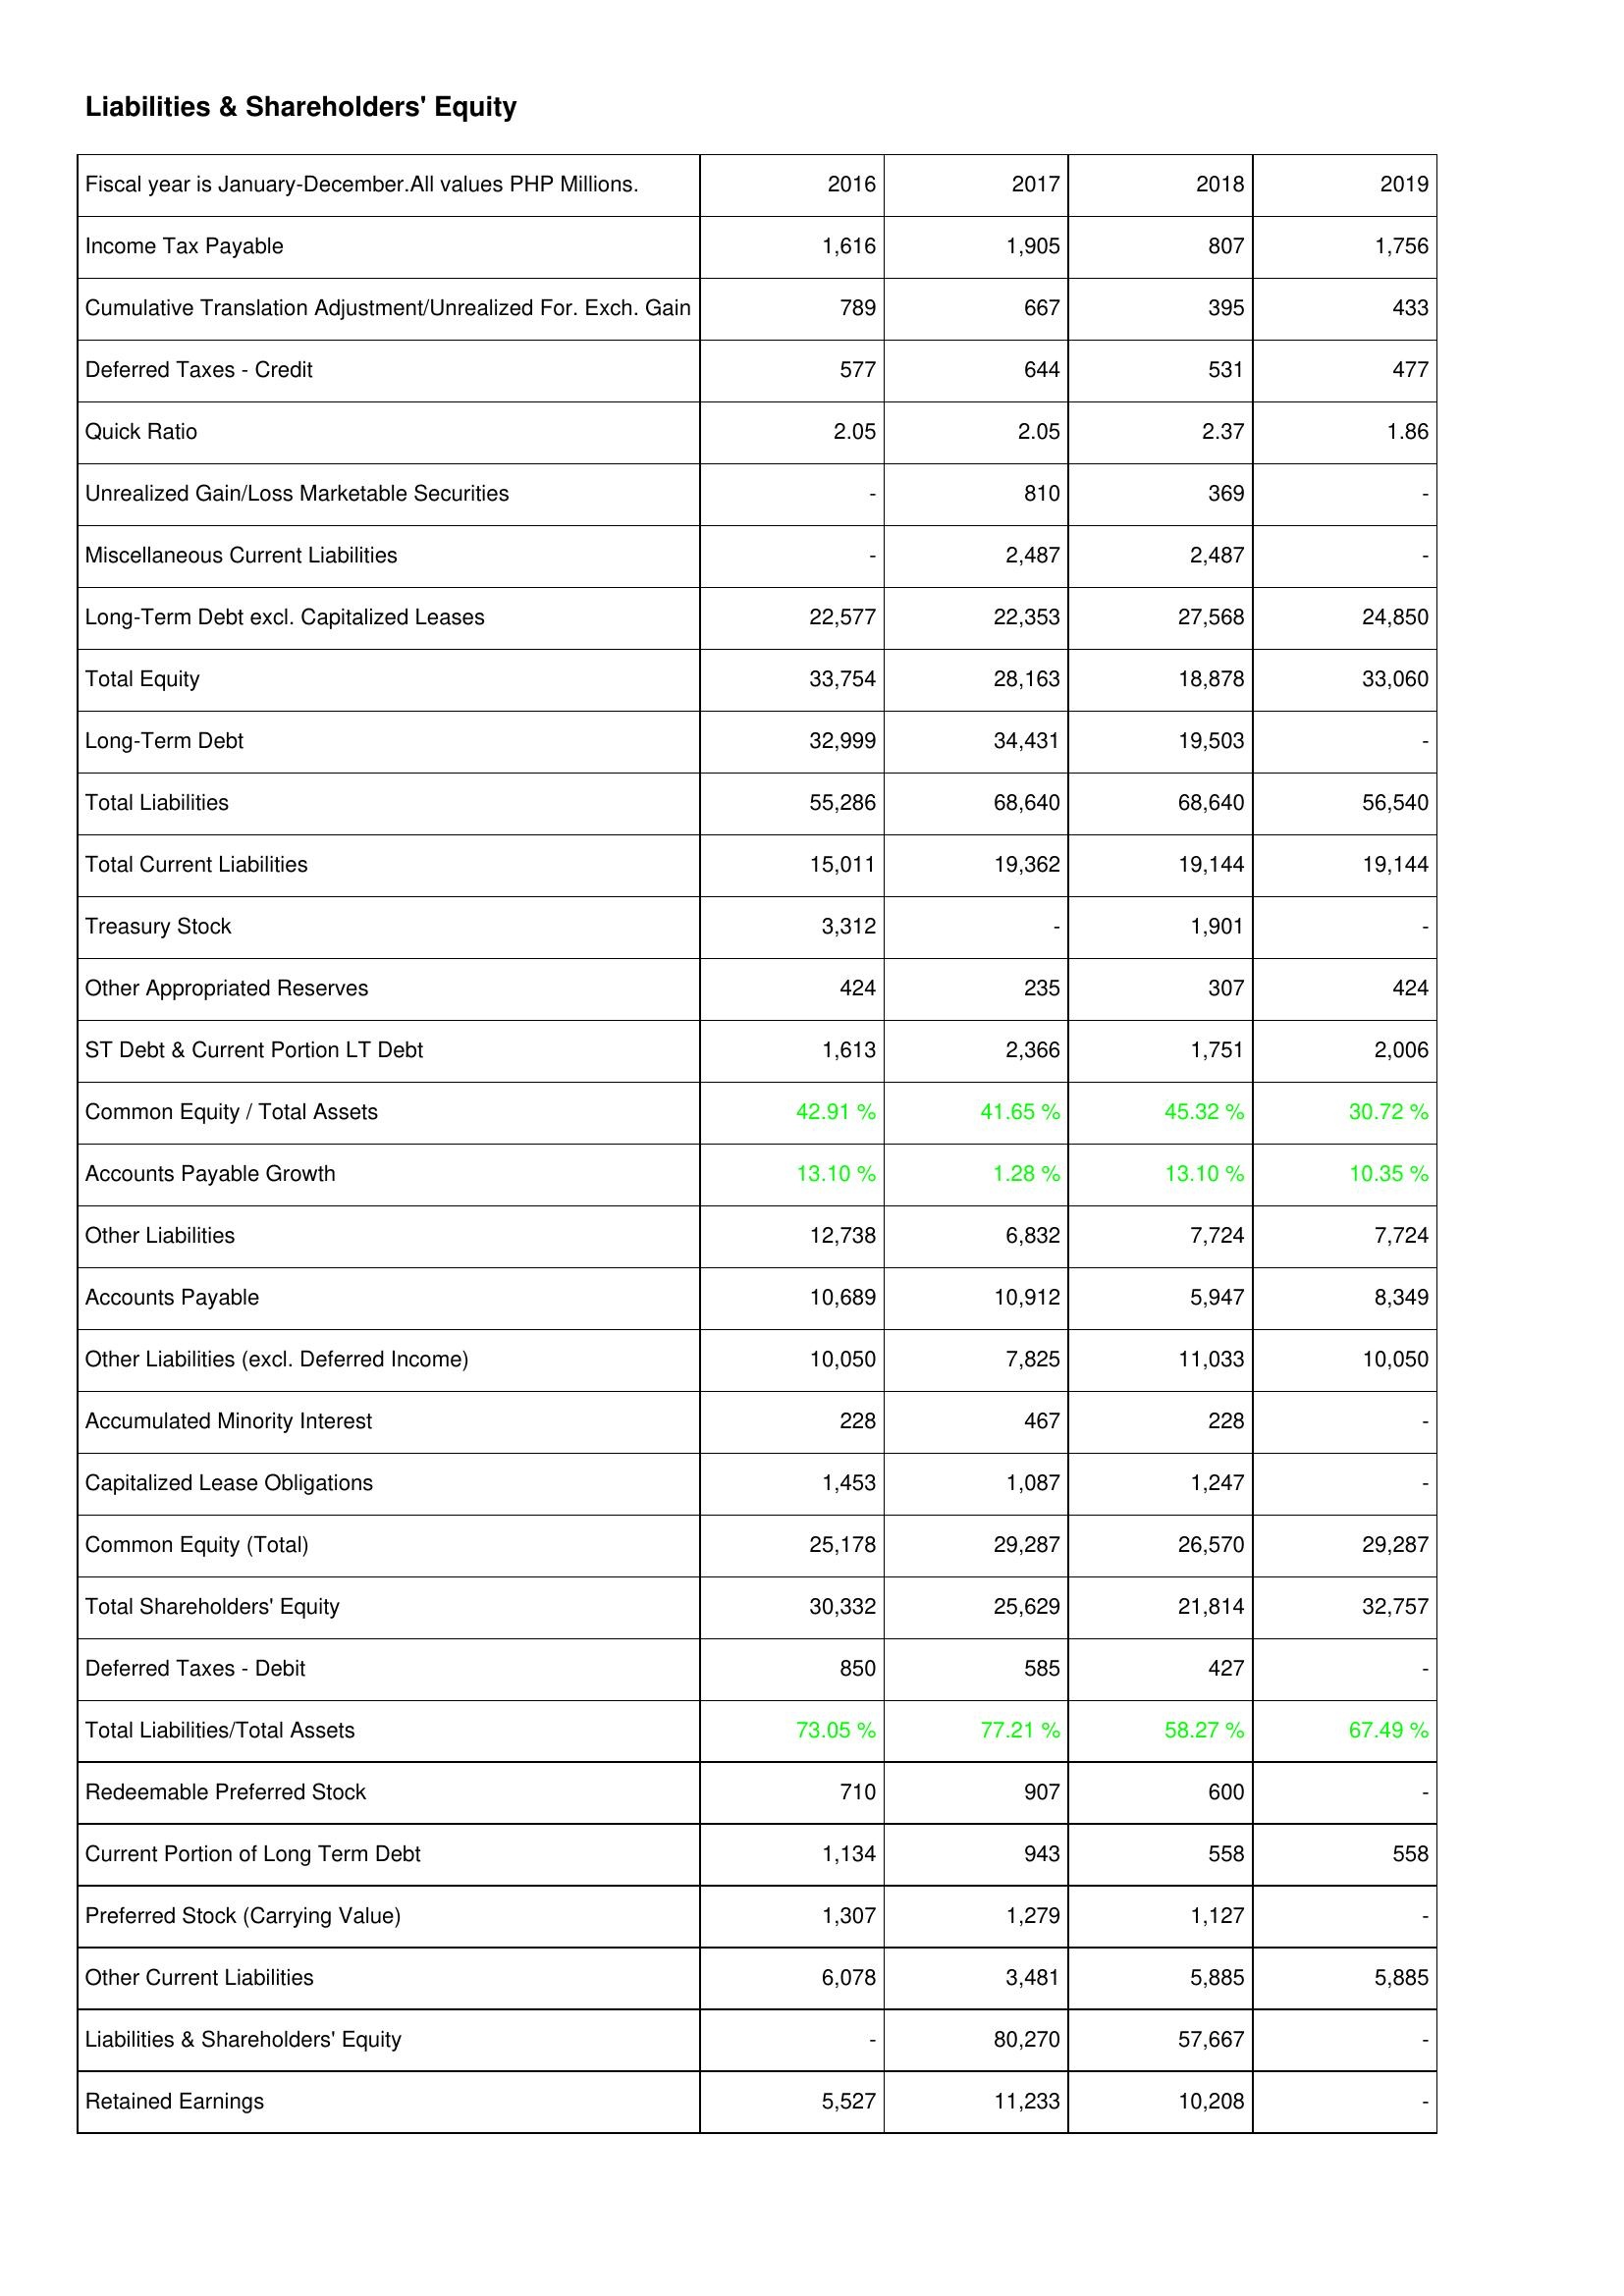
2016: Liabilities & Shareholders' Equity: Income Tax Payable: 1,616
Cumulative Translation Adjustment/Unrealized For. Exch. Gain: 789
Deferred Taxes - Credit: 577
Quick Ratio: 2.05
Unrealized Gain/Loss Marketable Securities: -
Miscellaneous Current Liabilities: -
Long-Term Debt excl. Capitalized Leases: 22,577
Total Equity: 33,754
Long-Term Debt: 32,999
Total Liabilities: 55,286
Total Current Liabilities: 15,011
Treasury Stock: 3,312
Other Appropriated Reserves: 424
ST Debt & Current Portion LT Debt: 1,613
Common Equity / Total Assets: 42.91 %
Accounts Payable Growth: 13.10 %
Other Liabilities: 12,738
Accounts Payable: 10,689
Other Liabilities (excl. Deferred Income): 10,050
Accumulated Minority Interest: 228
Capitalized Lease Obligations: 1,453
Common Equity (Total): 25,178
Total Shareholders' Equity: 30,332
Deferred Taxes - Debit: 850
Total Liabilities/Total Assets: 73.05 %
Redeemable Preferred Stock: 710
Current Portion of Long Term Debt: 1,134
Preferred Stock (Carrying Value): 1,307
Other Current Liabilities: 6,078
Liabilities & Shareholders' Equity: -
Retained Earnings: 5,527
2017: Liabilities & Shareholders' Equity: Income Tax Payable: 1,905
Cumulative Translation Adjustment/Unrealized For. Exch. Gain: 667
Deferred Taxes - Credit: 644
Quick Ratio: 2.05
Unrealized Gain/Loss Marketable Securities: 810
Miscellaneous Current Liabilities: 2,487
Long-Term Debt excl. Capitalized Leases: 22,353
Total Equity: 28,163
Long-Term Debt: 34,431
Total Liabilities: 68,640
Total Current Liabilities: 19,362
Treasury Stock: -
Other Appropriated Reserves: 235
ST Debt & Current Portion LT Debt: 2,366
Common Equity / Total Assets: 41.65 %
Accounts Payable Growth: 1.28 %
Other Liabilities: 6,832
Accounts Payable: 10,912
Other Liabilities (excl. Deferred Income): 7,825
Accumulated Minority Interest: 467
Capitalized Lease Obligations: 1,087
Common Equity (Total): 29,287
Total Shareholders' Equity: 25,629
Deferred Taxes - Debit: 585
Total Liabilities/Total Assets: 77.21 %
Redeemable Preferred Stock: 907
Current Portion of Long Term Debt: 943
Preferred Stock (Carrying Value): 1,279
Other Current Liabilities: 3,481
Liabilities & Shareholders' Equity: 80,270
Retained Earnings: 11,233
2018: Liabilities & Shareholders' Equity: Income Tax Payable: 807
Cumulative Translation Adjustment/Unrealized For. Exch. Gain: 395
Deferred Taxes - Credit: 531
Quick Ratio: 2.37
Unrealized Gain/Loss Marketable Securities: 369
Miscellaneous Current Liabilities: 2,487
Long-Term Debt excl. Capitalized Leases: 27,568
Total Equity: 18,878
Long-Term Debt: 19,503
Total Liabilities: 68,640
Total Current Liabilities: 19,144
Treasury Stock: 1,901
Other Appropriated Reserves: 307
ST Debt & Current Portion LT Debt: 1,751
Common Equity / Total Assets: 45.32 %
Accounts Payable Growth: 13.10 %
Other Liabilities: 7,724
Accounts Payable: 5,947
Other Liabilities (excl. Deferred Income): 11,033
Accumulated Minority Interest: 228
Capitalized Lease Obligations: 1,247
Common Equity (Total): 26,570
Total Shareholders' Equity: 21,814
Deferred Taxes - Debit: 427
Total Liabilities/Total Assets: 58.27 %
Redeemable Preferred Stock: 600
Current Portion of Long Term Debt: 558
Preferred Stock (Carrying Value): 1,127
Other Current Liabilities: 5,885
Liabilities & Shareholders' Equity: 57,667
Retained Earnings: 10,208
2019: Liabilities & Shareholders' Equity: Income Tax Payable: 1,756
Cumulative Translation Adjustment/Unrealized For. Exch. Gain: 433
Deferred Taxes - Credit: 477
Quick Ratio: 1.86
Unrealized Gain/Loss Marketable Securities: -
Miscellaneous Current Liabilities: -
Long-Term Debt excl. Capitalized Leases: 24,850
Total Equity: 33,060
Long-Term Debt: -
Total Liabilities: 56,540
Total Current Liabilities: 19,144
Treasury Stock: -
Other Appropriated Reserves: 424
ST Debt & Current Portion LT Debt: 2,006
Common Equity / Total Assets: 30.72 %
Accounts Payable Growth: 10.35 %
Other Liabilities: 7,724
Accounts Payable: 8,349
Other Liabilities (excl. Deferred Income): 10,050
Accumulated Minority Interest: -
Capitalized Lease Obligations: -
Common Equity (Total): 29,287
Total Shareholders' Equity: 32,757
Deferred Taxes - Debit: -
Total Liabilities/Total Assets: 67.49 %
Redeemable Preferred Stock: -
Current Portion of Long Term Debt: 558
Preferred Stock (Carrying Value): -
Other Current Liabilities: 5,885
Liabilities & Shareholders' Equity: -
Retained Earnings: -